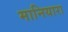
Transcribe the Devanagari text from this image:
मानियारा